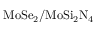
\mathrm { M o S e _ { 2 } / M o S i _ { 2 } N _ { 4 } }